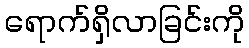
ရောက်ရှိလာခြင်းကို